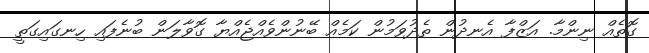
ގޮތެއް ނިންމާ. އަޒްފާ އެނދުން ތެދުވަމުން ކަމެއް ބޭނުންވެއްޖެއްޔާ ގޮވާލަން ބުނެފައި ހިނގައިގަތީ